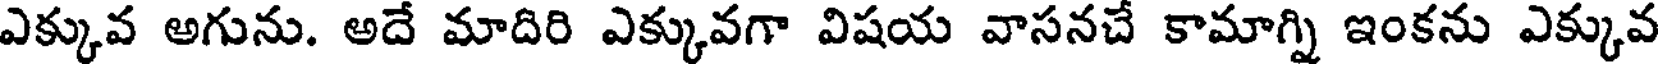
ఎక్కువ అగును. అదే మాదిరి ఎక్కువగా విషయ వాసనచే కామాగ్ని ఇంకను ఎక్కువ